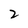
Character: 2